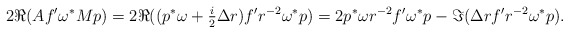
\begin{align*}2\Re(Af' \omega^* M p) &= 2\Re((p^*\omega + \tfrac{i}{2}\Delta r)f' r^{-2}\omega^*p) = 2p^*\omega r^{-2} f' \omega^*p - \Im(\Delta r f' r^{-2} \omega^* p).\end{align*}